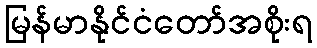
မြန်မာနိုင်ငံတော်အစိုးရ